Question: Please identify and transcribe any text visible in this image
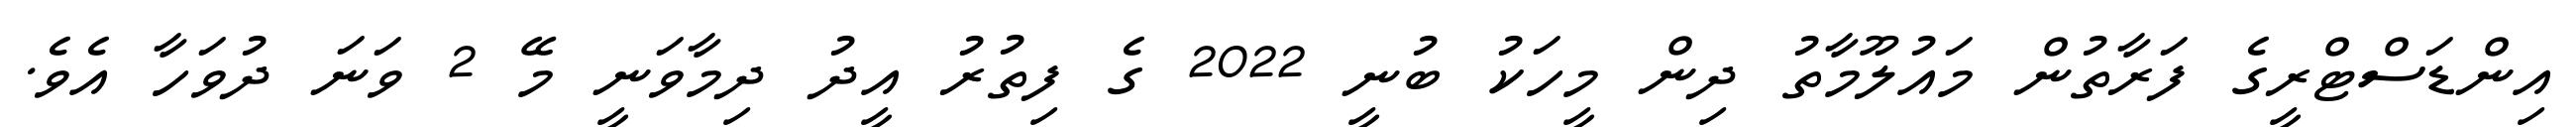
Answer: އިންޑަސްޓްރީގެ ފަރާތުން މައުލޫމާތު ދިން މީހަކު ބުނީ 2022 ގެ ފިތުރު އީދު ދިމާވަނީ މޭ 2 ވަނަ ދުވަހާ އެވެ.